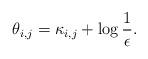
LaTeX: \begin{align*}\theta_{i,j}=\kappa_{i,j}+\log\frac{1}{\epsilon}.\end{align*}